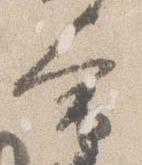
会